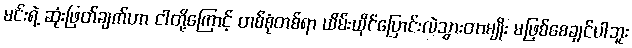
မင်းရဲ့ ဆုံးဖြတ်ချက်ဟာ ငါတို့ကြောင့် တစ်စုံတစ်ရာ ယိမ်းယိုင်ပြောင်းလဲသွားတာမျိုး မဖြစ်စေချင်ပါဘူး